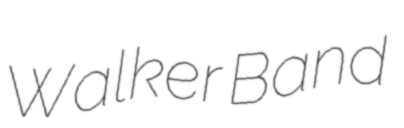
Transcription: Walker Band